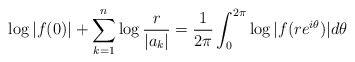
\begin{align*}\log|f(0)|+\sum^{n}_{k=1}\log{\frac{r}{|a_k|}}=\frac{1}{2\pi}\int^{2\pi}_0\log{|f(re^{i\theta})|d \theta}\end{align*}